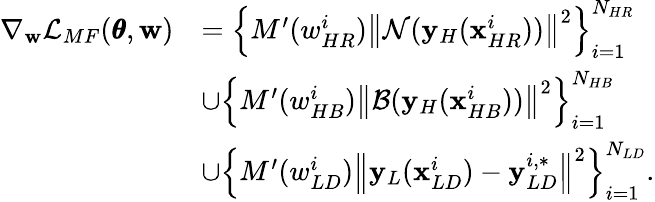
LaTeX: \begin{array}{rl}{\nabla_{\mathbf{w}}\mathcal{L}_{MF}(\pmb{\theta},\mathbf{w})}&{=\left\{ {M^{\prime}(w_{HR}^{i})\left\| \mathcal{N}(\mathbf{y}_{H}(\mathbf{x}_{HR}^{i}))\right\| ^{2}}\right\} _{i=1}^{N_{HR}}}\\ &{\cup\left\{ {M^{\prime}(w_{HB}^{i})\left\| \mathcal{B}(\mathbf{y}_{H}(\mathbf{x}_{HB}^{i}))\right\| ^{2}}\right\} _{i=1}^{N_{HB}}}\\ &{\cup\left\{ {M^{\prime}(w_{LD}^{i})\left\| \mathbf{y}_{L}(\mathbf{x}_{LD}^{i})-\mathbf{y}_{LD}^{i,*}\right\| ^{2}}\right\} _{i=1}^{N_{LD}}.}\end{array}